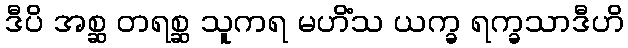
ဒီပိ အစ္ဆ တရစ္ဆ သူကရ မဟိံသ ယက္ခ ရက္ခသာဒီဟိ